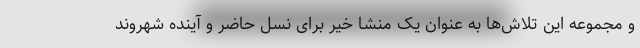
و مجموعه این تلاش‌ها به عنوان یک منشا خیر برای نسل حاضر و آینده شهروند